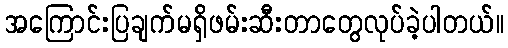
အကြောင်းပြချက်မရှိဖမ်းဆီးတာတွေလုပ်ခဲ့ပါတယ်။